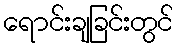
ရောင်းချခြင်းတွင်